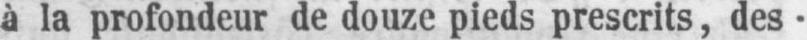
à la profondeur de douze pieds prescrits, des-